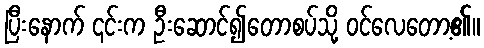
ပြီးနောက် ၎င်းက ဦးဆောင်၍တောစပ်သို့ ဝင်လေတော့၏။